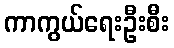
ကာကွယ်ရေးဦးစီး